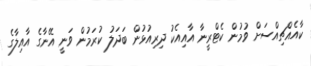
ކާއެއްޗިއްސަށް ވުމުން ކެޓްރީނާ އާއިއެކު ދިރިއުޅުން ބަދަލު ކުރަމުން ވަނީ އޭނާގެ އާއިލާގެ